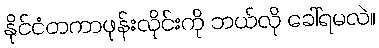
နိုင်ငံတကာဖုန်းလိုင်းကို ဘယ်လို ခေါ်ရမလဲ။